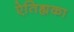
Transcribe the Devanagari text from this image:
ऐतिह्यका